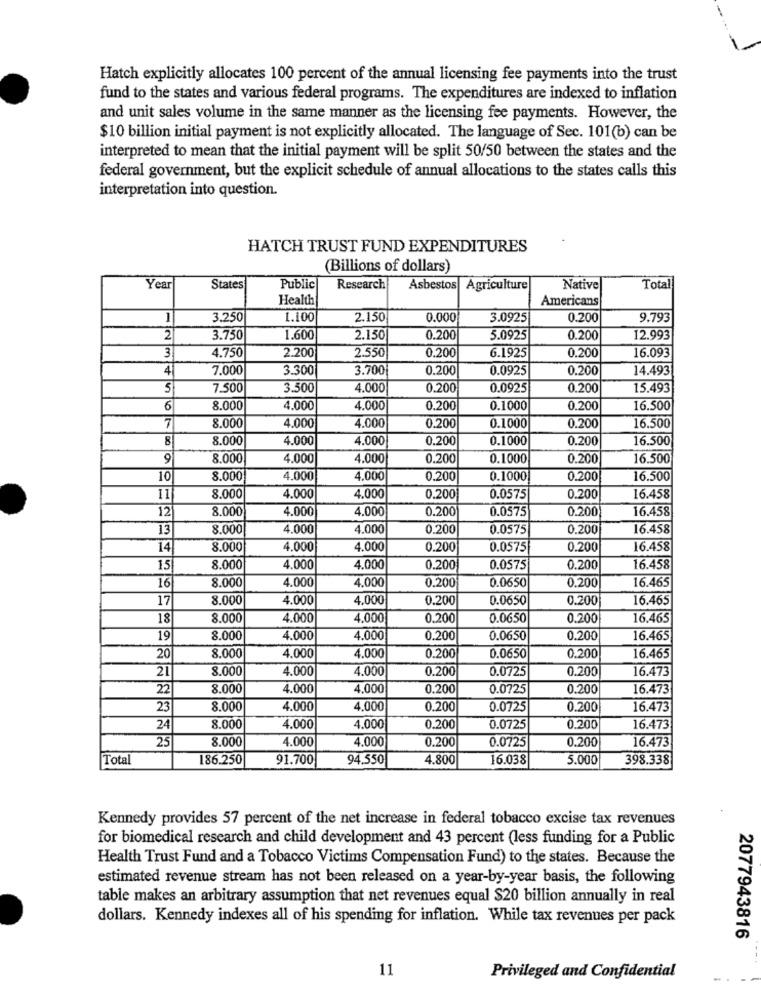
...
Hatch explicitly allocates 100 percent of the annual licensing fee payments into the trust
fund to the states and various federal programs. The expenditures are indexed to inflation
and unit sales volume in the same manner as the licensing fee payments. However, the
$10 billion initial payment is not explicitly allocated. The language of Sec. 101(b) can be
interpreted to mean that the initial payment will be split 50/50 between the states and the
federal government, but the explicit schedule of annual allocations to the states calls this
interpretation into question.
HATCH TRUST FUND EXPENDITURES
(Billions of dollars)
Year
States
Public
Research
Asbestos Agriculture
Native
Total
Health
Americans
1
3.250
1.100
2.150
0.000
3.0925
0.200
9.793
2
3.750
1.600
2.150
0.200
5.0925
0.200
12.993
3
4.750
2.200
2.550
0.200
16.093
0.200
6.1925
4
7,000
3.300
3.700
0.200
0.0925
0.200
14.493
5
7.500
3.500
4.000
0.200
0.0925
0.200
15.493
6
8.000
4.000
4.000
0.200
0.1000
0.200
16.500
7
4.000
16.500
8.000
4.000
0.200
0.1000
0.200
8
8.000
4.000
4.000
0.200
0.1000
0.200
16.500
9
8.000
4.000
4.000
0.200
0.1000
0.200
16.500
10
8.000
4.000
4.000
0.200
0.1000
0.200
16.500
11
8.000
4.000
4,000
0.200
0.0575
0.200
16.458
12
8.000
4.000
4.000
0.200
0.0575
0.200
16.458
13
8.000
4.000
4.000
0.200
0.0575
0.200
16.458
14
8.000
4.000
4,000
0.200
0.0575
0.200
16.458
15
8.000
4,000
4,000
0.200
0.0575
0.200
16.458
4.000
4.000
16.465
16
8.000
0.200
0.0650
0.200
17
8.000
4.000
4,000
0.200
0.0650
0.200
16.465
18
8.000
4.000
4,000
0,200
0.0650
0.200
16.465
19
8.000
4.000
4.000
0.200
0.0650
0.200
16.465
20
8.000
4.000
4.000
0.200
0.0650
0.200
16.465
21
8.000
4.000
4.000
0.200
0.0725
0.200
16.473
22
8.000
4.000
4,000
0.200
0.0725
0.200
16.473
23
8.000
4.000
4,000
0.200
0.0725
0.200
16.473
24
8.000
4.000
4.000
0.200
0.0725
0.200
16.473
25
8.000
4.000
4.000
0.200
0.0725
0.200
16.473
Total
186.250
91.700
94.550
4.800
16.038
5.000
398.338
Kennedy provides 57 percent of the net increase in federal tobacco excise tax revenues
for biomedical research and child development and 43 percent (less funding for a Public
Health Trust Fund and a Tobacco Victims Compensation Fund) to the states. Because the
estimated revenue stream has not been released on a year-by-year basis, the following
table makes an arbitrary assumption that net revenues equal $20 billion annually in real
dollars. Kennedy indexes all of his spending for inflation. While tax revenues per pack
2077943816
11
Privileged and Confidential